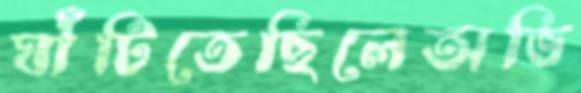
ঘাঁটিতেছিলেঅভি